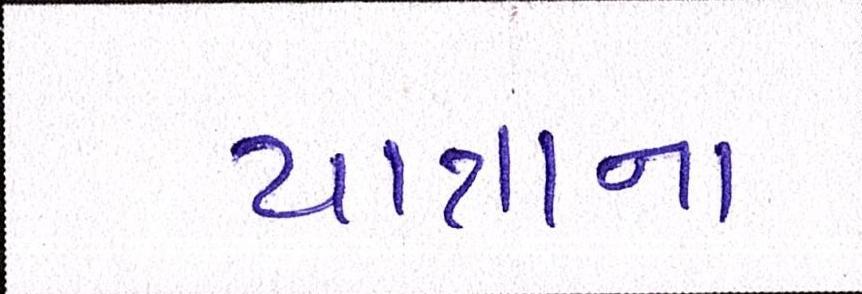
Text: યાત્રાના